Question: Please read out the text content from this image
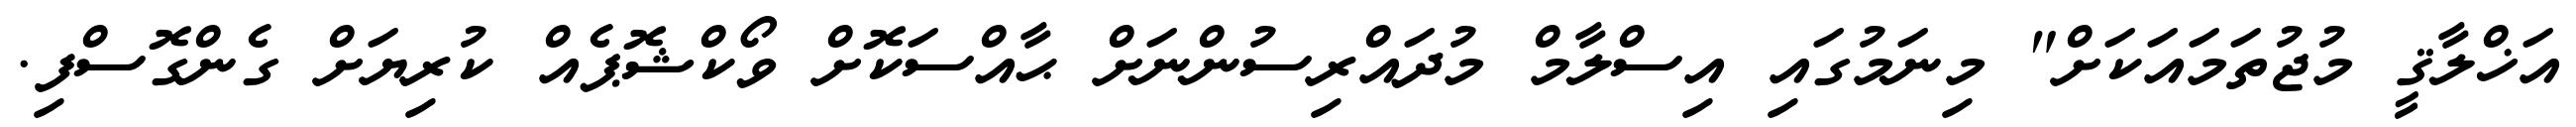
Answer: އަޚްލާޤީ މުޖުތަމައަކަށް" މިނަމުގައި އިސްލާމް މުދައްރިސުންނަށް ޙާއްސަކޮށް ވޯކްޝޮޕެއް ކުރިޔަށް ގެންގޮސްފި.